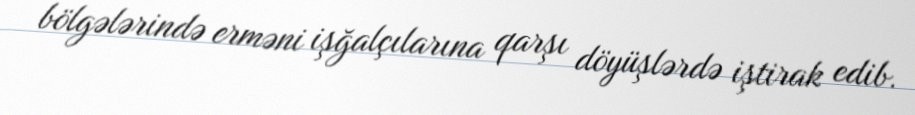
bölgələrində erməni işğalçılarına qarşı döyüşlərdə iştirak edib.